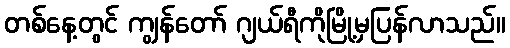
တစ်နေ့တွင် ကျွန်တော် ဂျယ်ရီကိုမြို့မှပြန်လာသည်။